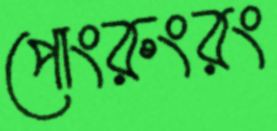
পোংরুংরং